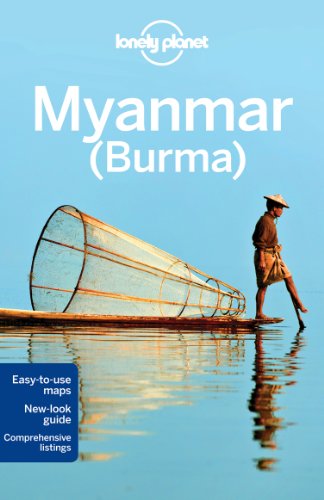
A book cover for Lonely Planet Myanmar (Burma) (Travel Guide); Lonely Planet; Travel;